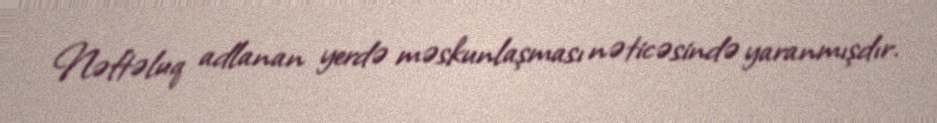
Nəftəluq adlanan yerdə məskunlaşması nəticəsində yaranmışdır.